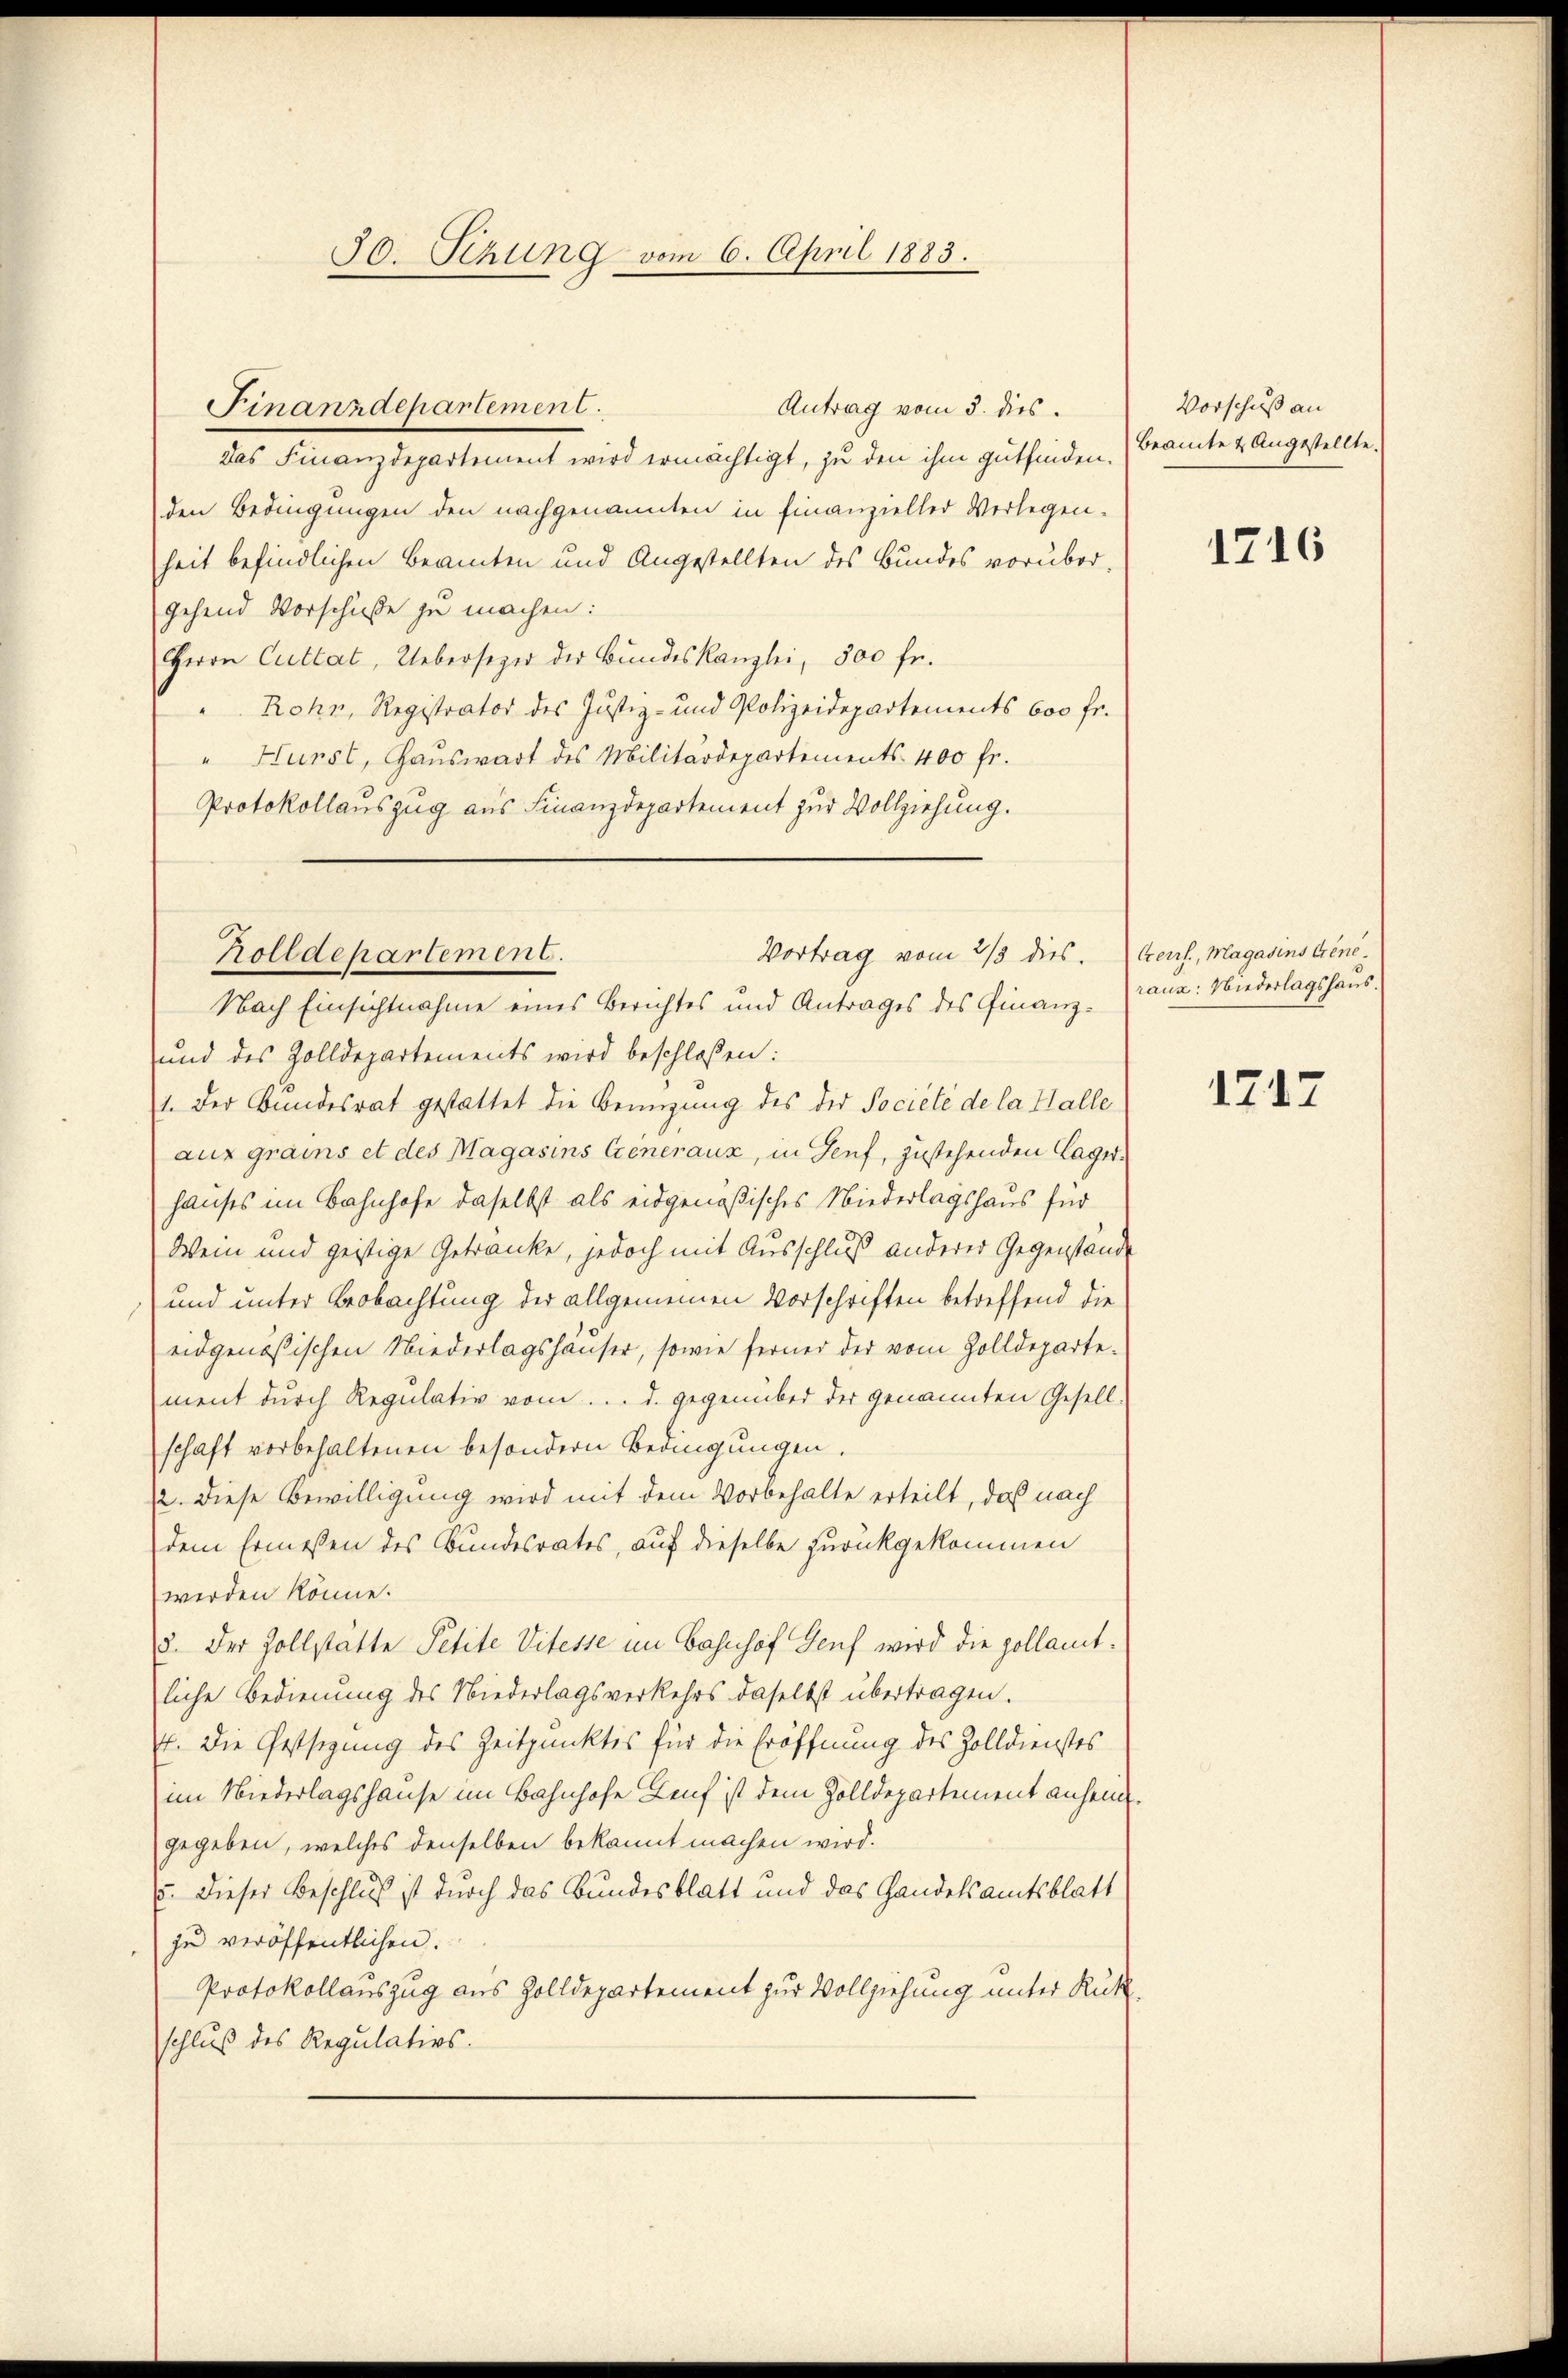
Antrag vom 3. dies
Das Finanzdepartement wird ermächtigt, zu den ihm gutfinden.
den Bedingungen den nachgenannten in Finanzieller Verlegenheit befindlichen Beamten und Angestellten des Bundes vorüber,
gehend Vorschüße zu machen:
Herrn Cultat, Uebersezer der Bundeskanzlei, 500 fr.
" Rohn, Registrator des Justiz- und Polizeidepartements 600 fr.
"Hurst, Hauswart des Militärdepartements- 400 fr.
Protokollauszug aus Finanzdepartement zur Vollziehung.

Finanzdepartement.

30. Sitzung vom 6. April 1883.

Vortrag vom 2/3 dies. Kerl, Magasins Gene
Holldepartement.

Nach Einsichtnahme eines Berichtes und Antrages des Finanz¬
und des Zolldepartements wird beschloßen:
1. Der Bundesrat gestattet die Bemügung des der Société de la Halle
aus grains et des Magasins Generaux, in Genf, zustehenden Lager.
hauses im Bahnhofe daselbst als eidgenößisches Niederlagshaus für
Wein und geistige Getränke, jedoch mit Ausschluß anderer Gegenstände
und unter Beobachtung der allgemeinen Vorschriften betreffend die
eidgenößischen Niederlagshauser, sowie ferner der vom Zolldepartement durch Regulativ vom... d. gegenüber der genannten Gesell-
schaft vorbehaltenen besondern Bedingungen.
2. Diese Bewilligung wird mit dem Vorbehalte erteilt, daß nach
dem Ermeßen des Bundesrates, auf dieselbe zurückgekommen
werden könne.
3. Der Zollstätte Petite Vitesse im Bahnhof Genf wird die zollamtliche Bedienung des Niederlagsverkehrs daselbst übertragen.
71. Die Gestsezung des Zeitpunktes für die Eröffnung des Zolldienstes
im Niederlagshause im Bahnhofe Leif ist dem Zolldepartement anheim.
gegeben, welches denselben bekannt machen wird.
5. Dieser Beschluß ist durch das Bundesblatt und das Handelsamtsblatt
zu veröffentlichen.
Protokollauszug aus Zolldepartement zur Vollziehung unter Rükschluß des Regulatios.

Vorschuß an
Beamte & Angestellte.

1716

raux: Niederlagshaus.

1717